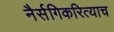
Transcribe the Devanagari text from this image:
नैर्सगिकरित्याच